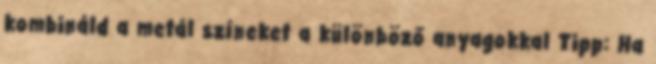
kombináld a metál színeket a különböző anyagokkal Tipp: Ha